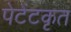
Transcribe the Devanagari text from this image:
पेटेंटकृत